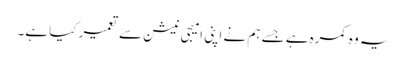
یہ وہ کمرہ ہے جسے ہم نے اپنی امیجی نیشن سے تعمیر کیا ہے۔